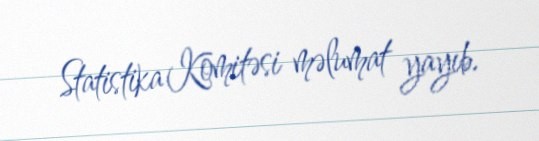
Statistika Komitəsi məlumat yayıb.